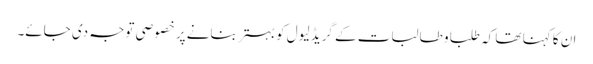
ان کا کہنا تھا کہ طلبا و طالبات کے گریڈ لیول کو بہتر بنانے پر خصوصی توجہ دی جائے۔